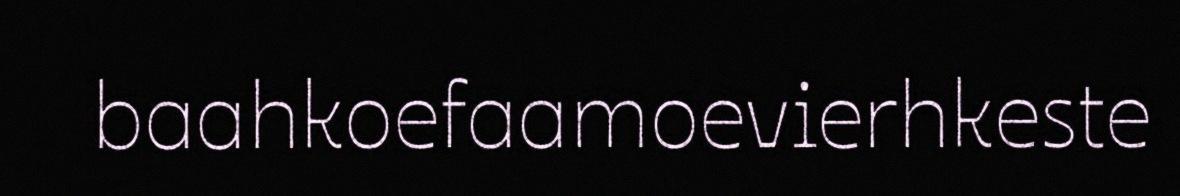
baahkoefaamoevierhkeste